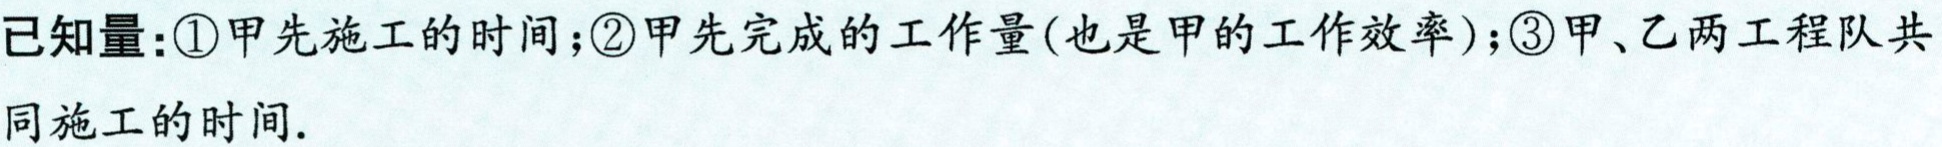
已知量：\textcircled{1}甲先施工的时间；\textcircled{2}甲先完成的工作量(也是甲的工作效率)；\textcircled{3}甲、乙两工程队共同施工的时间.